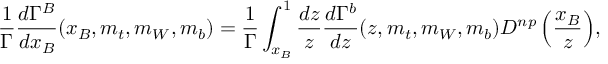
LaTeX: { \frac { 1 } { \Gamma } } { \frac { d \Gamma ^ { B } } { d x _ { B } } } ( x _ { B } , m _ { t } , m _ { W } , m _ { b } ) = { \frac { 1 } { \Gamma } } \int _ { x _ { B } } ^ { 1 } { { \frac { d z } { z } } { \frac { d \Gamma ^ { b } } { d z } } ( z , m _ { t } , m _ { W } , m _ { b } ) D ^ { n p } \left( { \frac { x _ { B } } { z } } \right) } ,